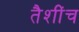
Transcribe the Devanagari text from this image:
तैशींच